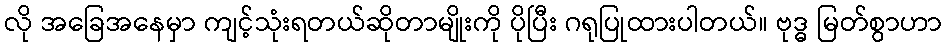
လို အခြေအနေမှာ ကျင့်သုံးရတယ်ဆိုတာမျိုးကို ပိုပြီး ဂရုပြုထားပါတယ်။ ဗုဒ္ဓ မြတ်စွာဟာ